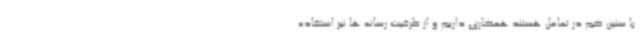
با سنین کم در تعامل هستند همکاری داریم و از ظرفیت رسانه ها نیز استفاده